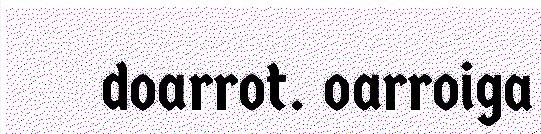
doarrot. oarroiga